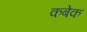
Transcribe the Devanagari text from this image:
कबेक